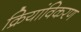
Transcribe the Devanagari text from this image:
क्रियांविकरण